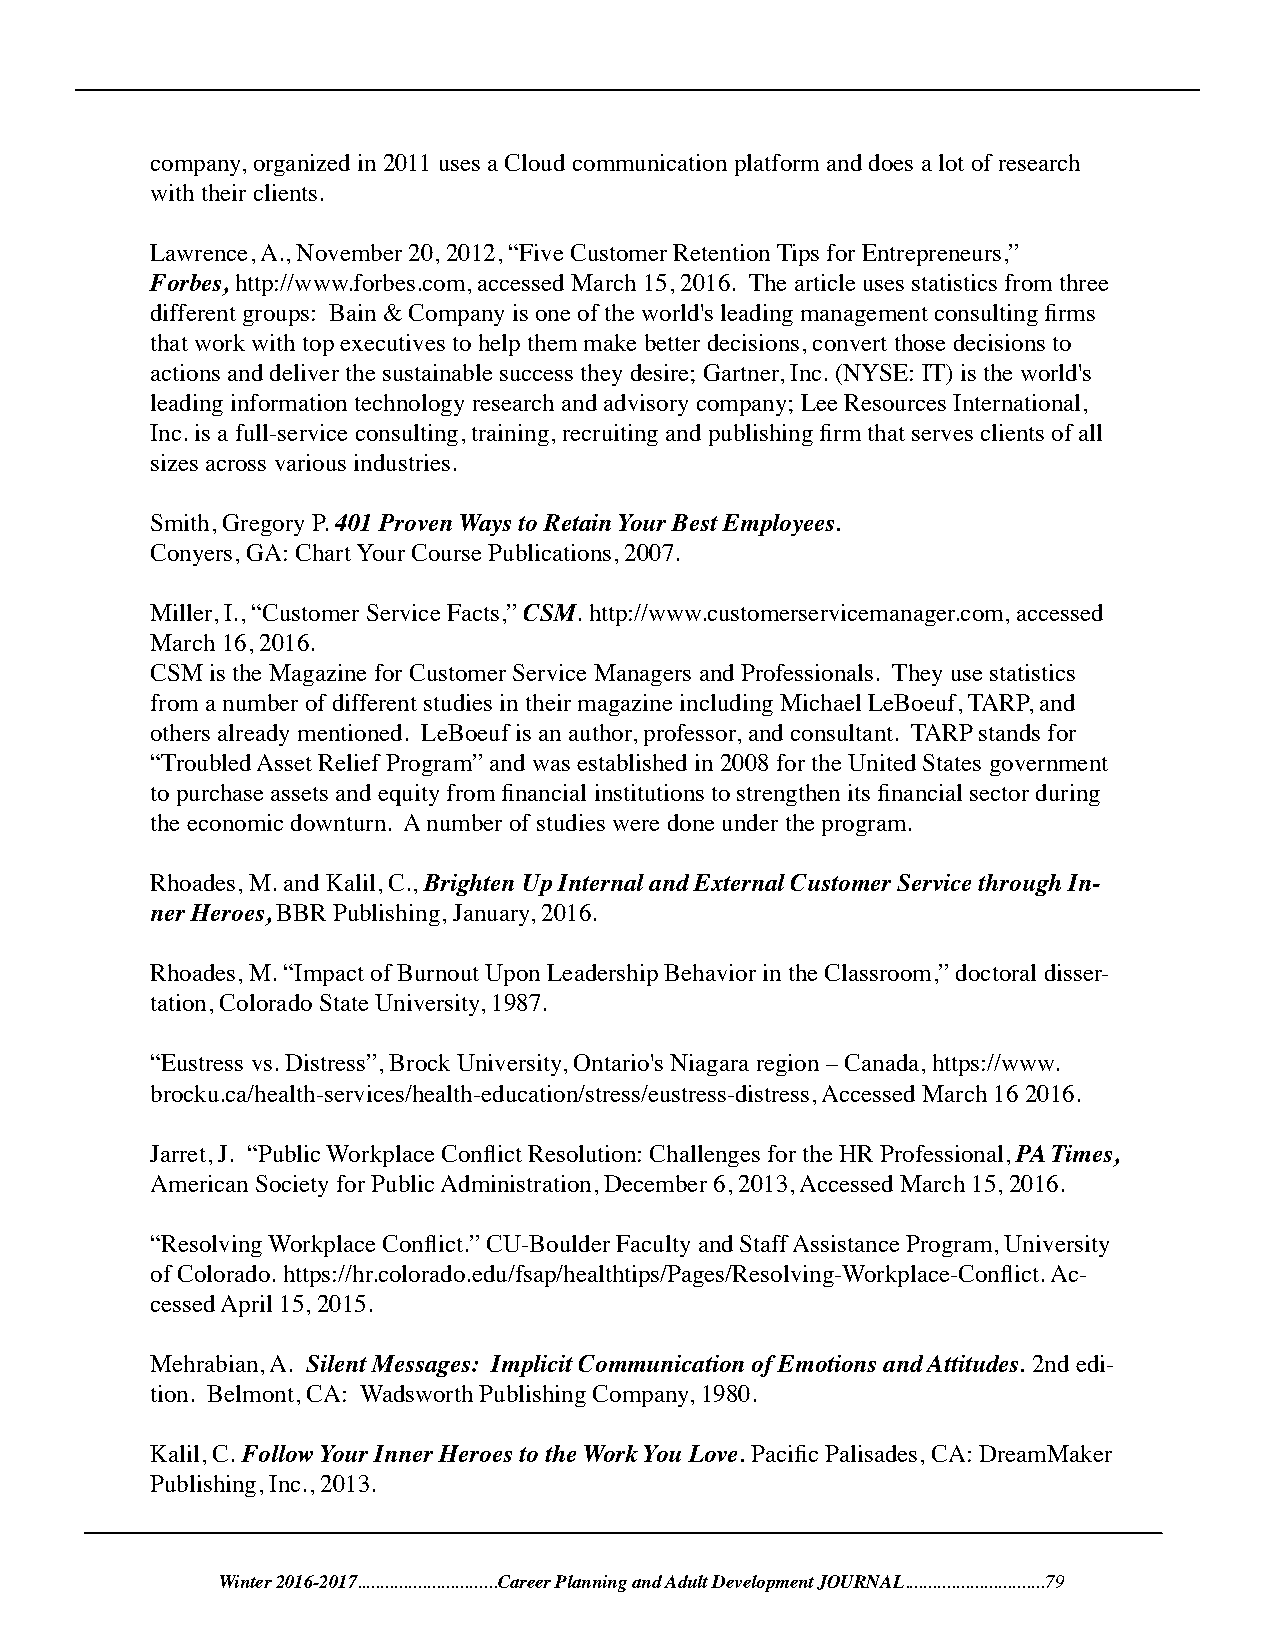
company, organized in 2011 uses a Cloud communication platform and does a lot of research
 with their clients.
 Lawrence, A., November 20, 2012, “Five Customer Retention Tips for Entrepreneurs,”
 Forbes, http://www.forbes.com, accessed March 15, 2016. The article uses statistics from three
 different groups: Bain & Company is one of the world's leading management consulting firms
 that work with top executives to help them make better decisions, convert those decisions to
 actions and deliver the sustainable success they desire; Gartner, Inc. (NYSE: IT) is the world's
 leading information technology research and advisory company; Lee Resources International,
 Inc. is a full-service consulting, training, recruiting and publishing firm that serves clients of all
 sizes across various industries.
 Smith, Gregory P. 401 Proven Ways to Retain Your Best Employees.
 Conyers, GA: Chart Your Course Publications, 2007.
 Miller, I., “Customer Service Facts,” CSM. http://www.customerservicemanager.com, accessed
 March 16, 2016.
 CSM is the Magazine for Customer Service Managers and Professionals. They use statistics
 from a number of different studies in their magazine including Michael LeBoeuf, TARP, and
 others already mentioned. LeBoeuf is an author, professor, and consultant. TARP stands for
 “Troubled Asset Relief Program” and was established in 2008 for the United States government
 to purchase assets and equity from financial institutions to strengthen its financial sector during
 the economic downturn. A number of studies were done under the program.
 Rhoades, M. and Kalil, C., Brighten Up Internal and External Customer Service through In-
 ner Heroes, BBR Publishing, January, 2016.
 Rhoades, M. “Impact of Burnout Upon Leadership Behavior in the Classroom,” doctoral disser-
 tation, Colorado State University, 1987.
 “Eustress vs. Distress”, Brock University, Ontario's Niagara region – Canada, https://www.
 brocku.ca/health-services/health-education/stress/eustress-distress, Accessed March 16 2016.
 Jarret, J. “Public Workplace Conflict Resolution: Challenges for the HR Professional, PA Times,
 American Society for Public Administration, December 6, 2013, Accessed March 15, 2016.
 “Resolving Workplace Conflict.” CU-Boulder Faculty and Staff Assistance Program, University
 of Colorado. https://hr.colorado.edu/fsap/healthtips/Pages/Resolving-Workplace-Conflict. Ac-
 cessed April 15, 2015.
 Mehrabian, A. Silent Messages: Implicit Communication of Emotions and Attitudes. 2nd edi-
 tion. Belmont, CA: Wadsworth Publishing Company, 1980.
 Kalil, C. Follow Your Inner Heroes to the Work You Love. Pacific Palisades, CA: DreamMaker
 Publishing, Inc., 2013.
 Winter 2016-2017..............................Career Planning and Adult Development JOURNAL..............................79